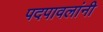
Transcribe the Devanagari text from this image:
पदपावलांनी